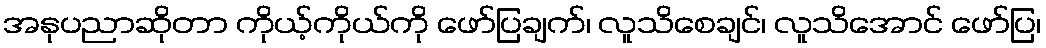
အနုပညာဆိုတာ ကိုယ့်ကိုယ်ကို ဖော်ပြချက်၊ လူသိစေချင်၊ လူသိအောင် ဖော်ပြ၊